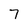
Character: 7